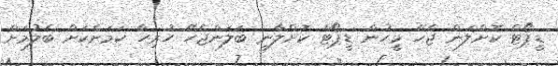
ޑީޕޯޓް ކޮށްލަން ޖެހޭ މީހުން ޑީޕޯޓް ކޮށްލާނީ ބަލަންޖެހޭ ހުރިހާ ކަމަށްކަށް ބެލުމަށް